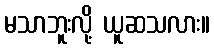
မသာဘူးလို့ ယူဆသလား။